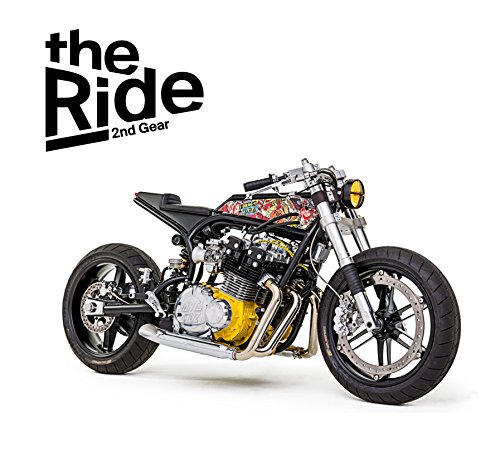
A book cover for The Ride 2nd Gear Rebel Edition: New Custome Motorcycles & their Builders; Engineering & Transportation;